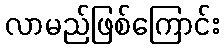
လာမည်ဖြစ်ကြောင်း